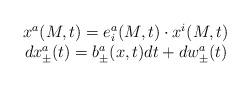
LaTeX: \begin{align*}\begin{array}{c}x^a(M,t)=e_i^a(M,t)\cdot x^i(M,t) \\ dx_{\pm }^a(t)=b_{\pm }^a(x,t)dt+dw_{\pm }^a(t)\end{array}\end{align*}